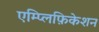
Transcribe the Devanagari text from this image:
एम्प्लिफ़िकेशन